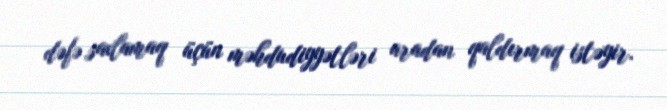
dəfə saxlamaq üçün məhdudiyyətləri aradan qaldırmaq istəyir.